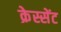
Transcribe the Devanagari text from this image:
क्रेस्सेंट